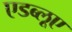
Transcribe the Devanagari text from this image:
एडब्लूए